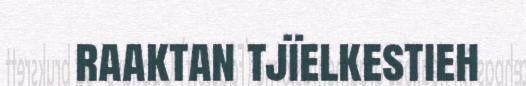
raaktan tjïelkestieh